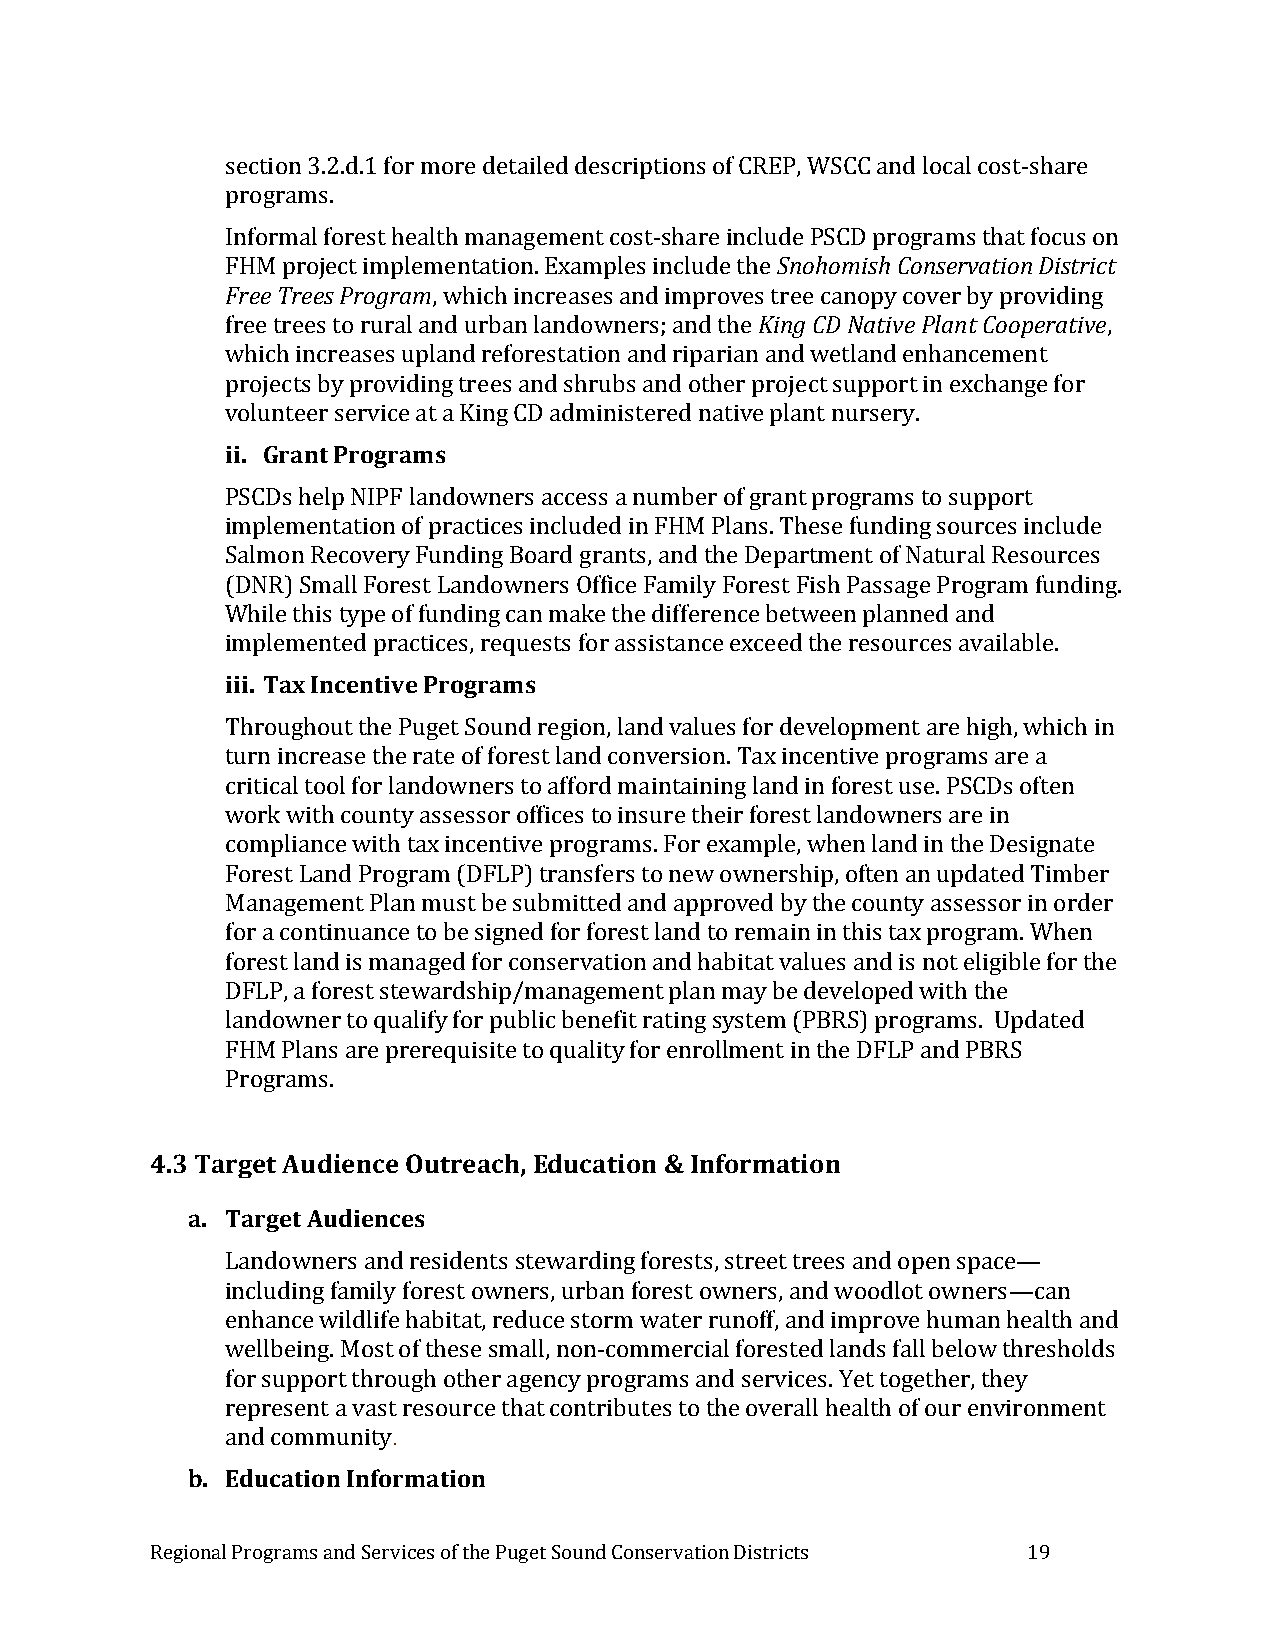
section 3.2.d.1 for more detailed descriptions of CREP, WSCC and local cost-share
 programs.
 Informal forest health management cost-share include PSCD programs that focus on
 FHM project implementation. Examples include the Snohomish Conservation District
 Free Trees Program, which increases and improves tree canopy cover by providing
 free trees to rural and urban landowners; and the King CD Native Plant Cooperative,
 which increases upland reforestation and riparian and wetland enhancement
 projects by providing trees and shrubs and other project support in exchange for
 volunteer service at a King CD administered native plant nursery.
 ii. Grant Programs
 PSCDs help NIPF landowners access a number of grant programs to support
 implementation of practices included in FHM Plans. These funding sources include
 Salmon Recovery Funding Board grants, and the Department of Natural Resources
 (DNR) Small Forest Landowners Office Family Forest Fish Passage Program funding.
 While this type of funding can make the difference between planned and
 implemented practices, requests for assistance exceed the resources available.
 iii. Tax Incentive Programs
 Throughout the Puget Sound region, land values for development are high, which in
 turn increase the rate of forest land conversion. Tax incentive programs are a
 critical tool for landowners to afford maintaining land in forest use. PSCDs often
 work with county assessor offices to insure their forest landowners are in
 compliance with tax incentive programs. For example, when land in the Designate
 Forest Land Program (DFLP) transfers to new ownership, often an updated Timber
 Management Plan must be submitted and approved by the county assessor in order
 for a continuance to be signed for forest land to remain in this tax program. When
 forest land is managed for conservation and habitat values and is not eligible for the
 DFLP, a forest stewardship/management plan may be developed with the
 landowner to qualify for public benefit rating system (PBRS) programs. Updated
 FHM Plans are prerequisite to quality for enrollment in the DFLP and PBRS
 Programs.
 4.3 Target Audience Outreach, Education & Information
 a. Target Audiences
 Landowners and residents stewarding forests, street trees and open space—
 including family forest owners, urban forest owners, and woodlot owners—can
 enhance wildlife habitat, reduce storm water runoff, and improve human health and
 wellbeing. Most of these small, non-commercial forested lands fall below thresholds
 for support through other agency programs and services. Yet together, they
 represent a vast resource that contributes to the overall health of our environment
 and community.
 b. Education Information
 Regional Programs and Services of the Puget Sound Conservation Districts 19